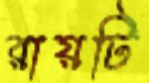
রায়টি